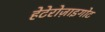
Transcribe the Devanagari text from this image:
हेटेरोज़ाइगोट